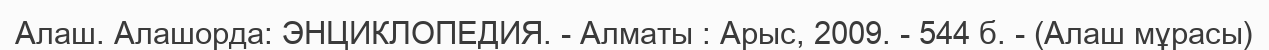
Алаш. Алашорда: ЭНЦИКЛОПЕДИЯ. - Алматы : Арыс, 2009. - 544 б. - (Алаш мұрасы)